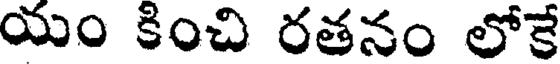
యం కించి రతనం లోకే